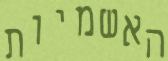
האשמיות